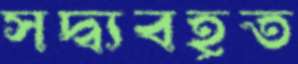
সদ্ব্যবহূত